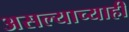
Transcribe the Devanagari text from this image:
असल्याच्याही